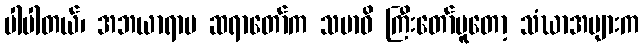
ပါပါတယ်၊ အဘယာရာမ ဆရာတော်က သမာဓိ ကြီးတော်မူတော့ သံဃာအများက